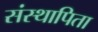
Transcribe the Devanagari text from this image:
संस्थापिता